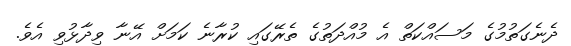
ދެނެގަތުމުގެ މަސައްކަތް އެ މުއްދަތުގެ ތެރޭގައި ކުރާނެ ކަމަށް އޭނާ ވިދާޅުވި އެވެ.